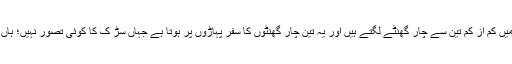
پنجاب کے قبائلی علاقے میں ایک گھر سے دوسرے گھر یا ا یک فارمر سے دوسرے فارمر تک پہنچنے میں کم از کم تین سے چار گھنٹے لگتے ہیں اور یہ تین چار گھنٹوں کا سفر پہاڑوں پر ہوتا ہے جہاں سڑ ک کا کوئی تصور نہیں؛ ہاں پتھروں سے بھرے تنگ راستے ، خطرناک چڑھائیاں اور گہری کھائیاں موت کا تصور ضرور دیتی ہیں ۔